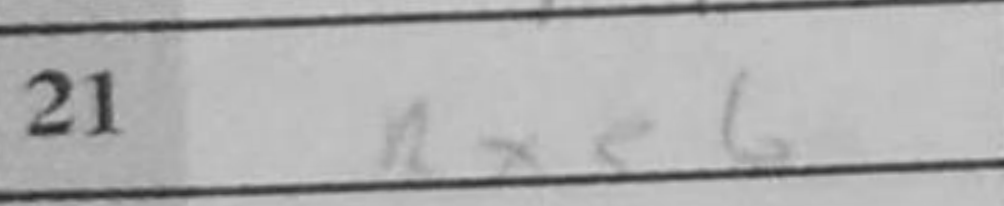
Transcription: Rxe6